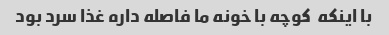
با اینکه  کوچه با خونه ما فاصله داره غذا سرد بود